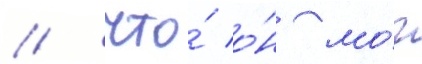
/ что́ о́н мо́г